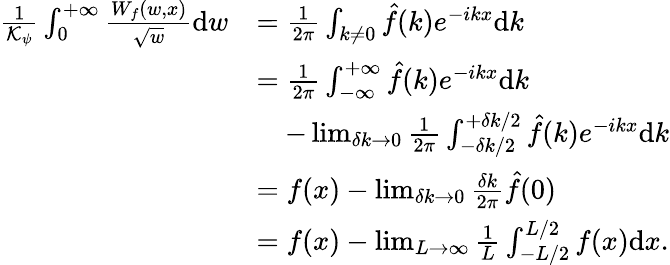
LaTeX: \begin{array}{rl}{\frac{1}{\mathcal{K}_{\psi}}\int_{0}^{+\infty}\frac{W_{f}(w,x)}{\sqrt{w}}\mathrm{d}w}&{=\frac{1}{2\pi}\int_{k\neq 0}\hat{f}(k)e^{-ikx}\mathrm{d}k}\\ &{=\frac{1}{2\pi}\int_{-\infty}^{+\infty}\hat{f}(k)e^{-ikx}\mathrm{d}k}\\ &{\quad-\operatorname*{lim}_{\delta k\rightarrow 0}\frac{1}{2\pi}\int_{{-}\delta k/2}^{{+}\delta k/2}\hat{f}(k)e^{-ikx}\mathrm{d}k}\\ &{=f(x)-\operatorname*{lim}_{\delta k\rightarrow 0}\frac{\delta k}{2\pi}\hat{f}(0)}\\ &{=f(x)-\operatorname*{lim}_{L\rightarrow\infty}\frac{1}{L}\int_{-L/2}^{L/2}f(x)\mathrm{d}x.}\end{array}